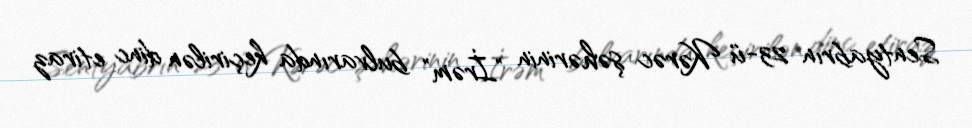
Sentyabrın 23-ü Kərəc şəhərinin "İrəm" bulvarında keçirilən dinc etiraz